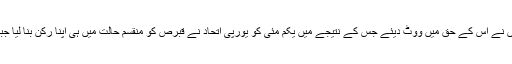
یونانی قبرصیوں نے اس منصوبے کے خلاف اور ترک قبرصیوں نے اس کے حق میں ووٹ دیئے جس کے نتیجے میں یکم مئی کو یورپی اتحاد نے قبرص کو منقسم حالت میں ہی اپنا رکن بنا لیا جبکہ جزیرے کا شمالی یعنی ترک حصہ یورپی اتحاد کا رکن نہیں۔